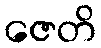
ဇေတိ